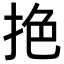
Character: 𢬘